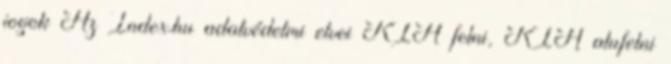
jogok Az Index.hu adatvédelmi elvei KIA felni, KIA alufelni